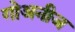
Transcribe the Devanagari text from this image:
गोअनीज